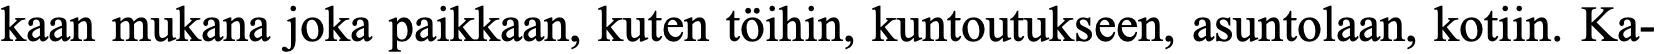
kaan mukana joka paikkaan, kuten töihin, kuntoutukseen, asuntolaan, kotiin. Ka-